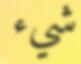
شيء